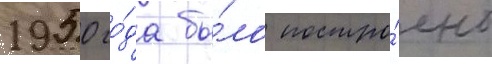
1950 го́да бы́ло постро́ено